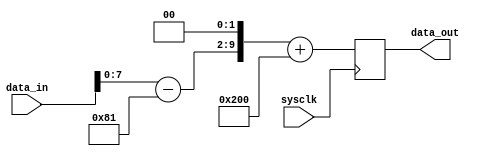
module processor (sysclk, data_in, data_out);

	input				sysclk;		// system clock
	input [9:0]		data_in;		// 10-bit input data
	output [9:0] 	data_out;	// 10-bit output data

	wire				sysclk;
	wire [9:0]		data_in;
	reg [9:0] 		data_out;
	wire [9:0]		x,y;

	parameter 		ADC_OFFSET = 10'h181;
	parameter 		DAC_OFFSET = 10'h200;

	assign x = data_in[9:0] - ADC_OFFSET;		
	assign y = {x[7:0], 2'b0};
	
	//  Now clock y output with system clock
	always @(posedge sysclk)
		data_out <=  y + DAC_OFFSET;
		
endmodule